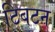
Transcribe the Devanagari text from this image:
टिबटन